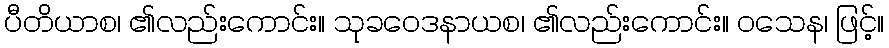
ပီတိယာစ၊ ၏လည်းကောင်း။ သုခဝေဒနာယစ၊ ၏လည်းကောင်း။ ဝသေန၊ ဖြင့်။